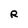
Character: R